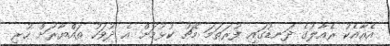
އެއާއެކު ރެއާލުގެ ދަނޑުގައި ފުރަތަމަ މެޗު ކުޅުމަށް އެ ދުވަހު ތައްޔާރަށް ހުރި